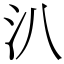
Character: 汃